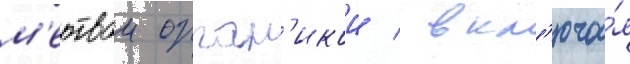
м'ертвои орган'икои / вкл'юча́я